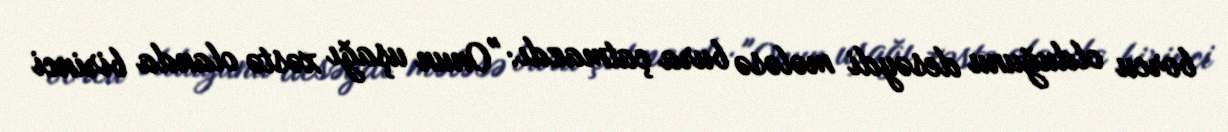
borcu olduğunu desəydi mələsə bura çatmazdı: "Onun uşağı xəstə olanda birinci